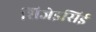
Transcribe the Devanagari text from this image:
शिजेइसिई